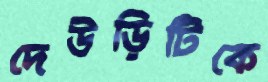
দেউড়িটিকে